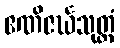
ဧဏိဇင်္ဃသုတ္တံ